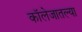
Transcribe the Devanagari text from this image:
कॉलेजातल्या